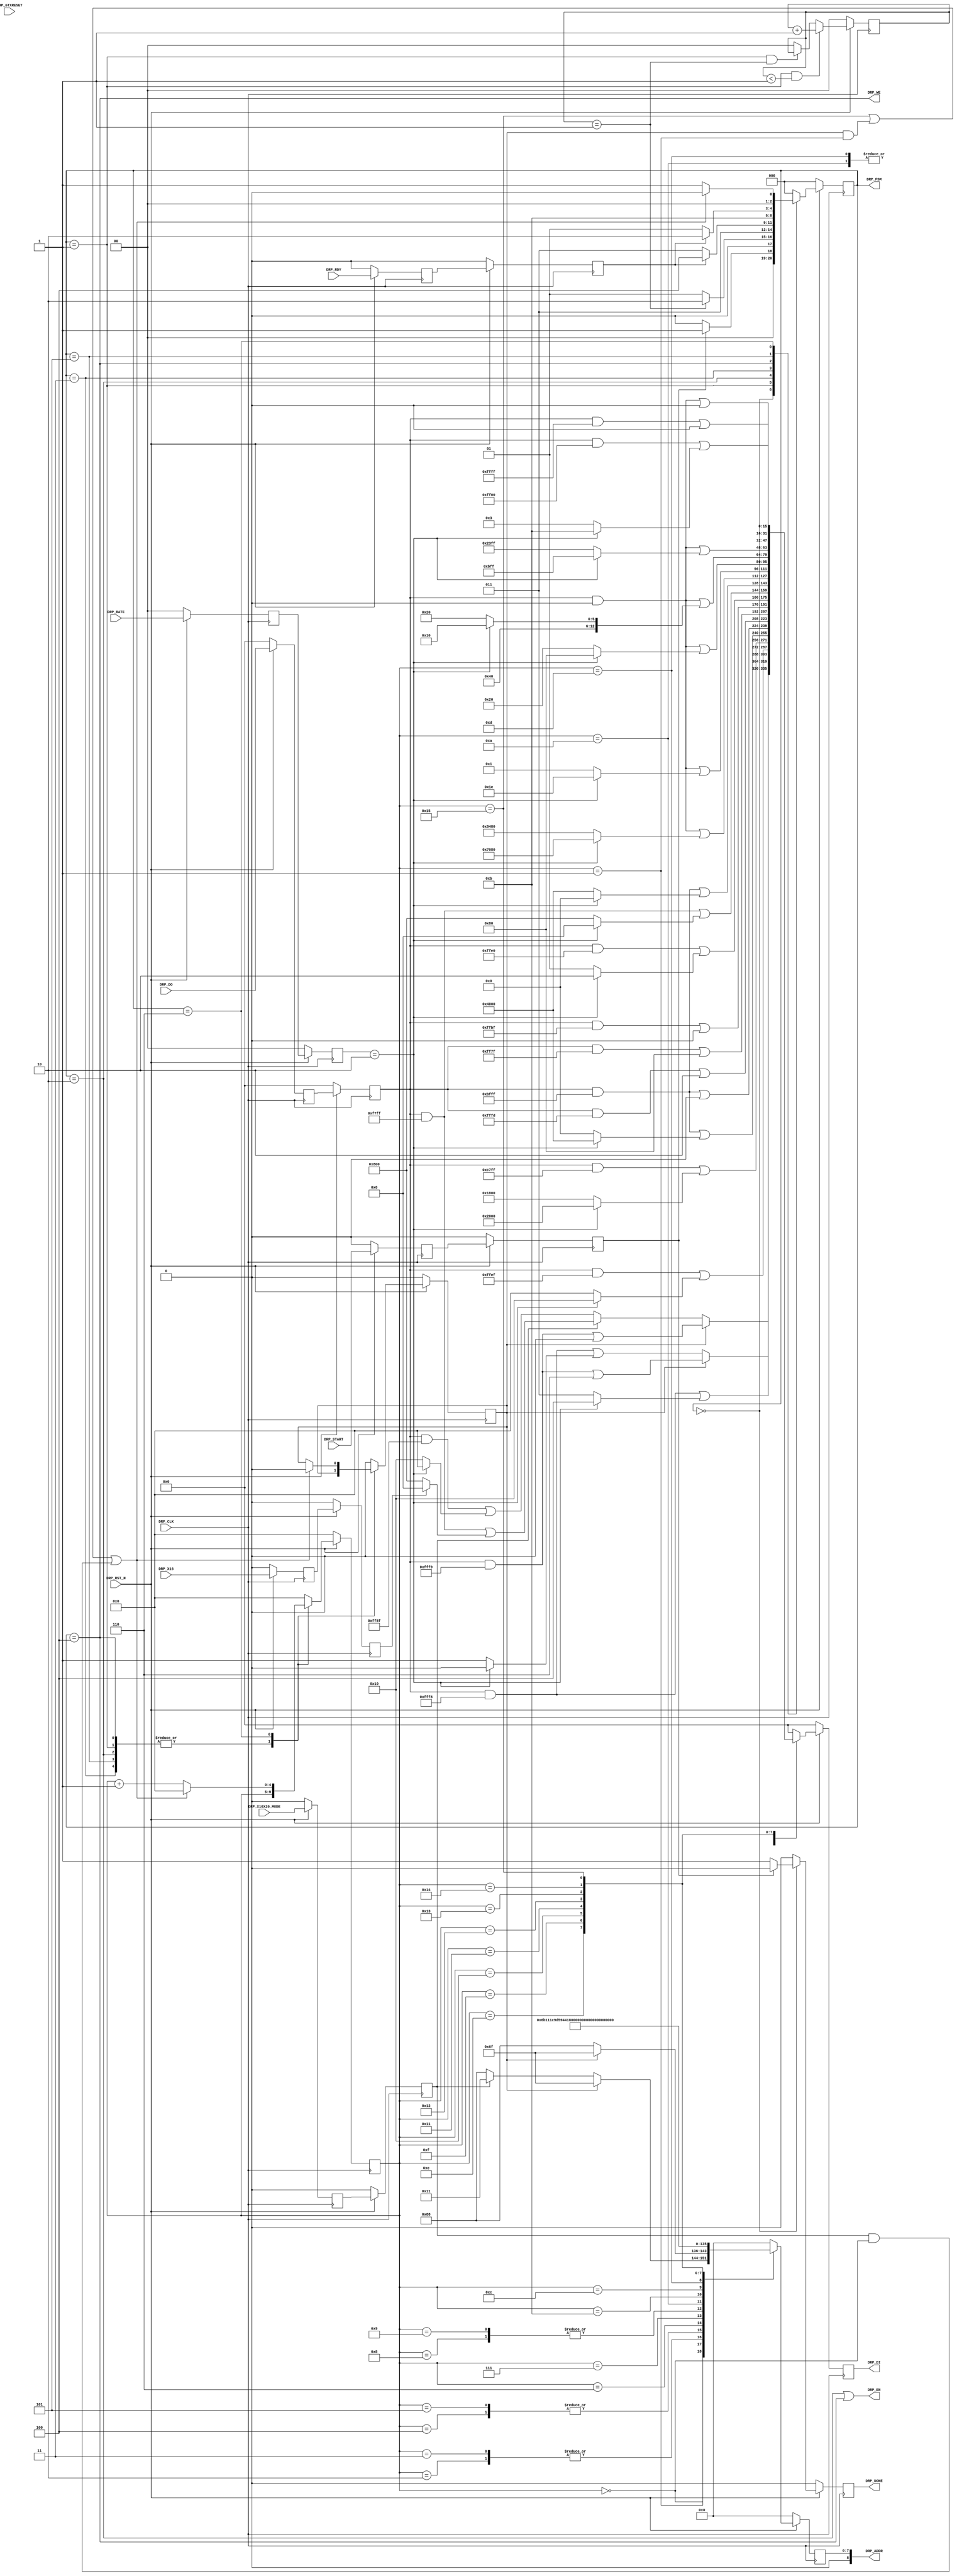
//-----------------------------------------------------------------------------
//
// (c) Copyright 2010-2011 Xilinx, Inc. All rights reserved.
//
// This file contains confidential and proprietary information
// of Xilinx, Inc. and is protected under U.S. and
// international copyright and other intellectual property
// laws.
//
// DISCLAIMER
// This disclaimer is not a license and does not grant any
// rights to the materials distributed herewith. Except as
// otherwise provided in a valid license issued to you by
// Xilinx, and to the maximum extent permitted by applicable
// law: (1) THESE MATERIALS ARE MADE AVAILABLE "AS IS" AND
// WITH ALL FAULTS, AND XILINX HEREBY DISCLAIMS ALL WARRANTIES
// AND CONDITIONS, EXPRESS, IMPLIED, OR STATUTORY, INCLUDING
// BUT NOT LIMITED TO WARRANTIES OF MERCHANTABILITY, NON-
// INFRINGEMENT, OR FITNESS FOR ANY PARTICULAR PURPOSE; and
// (2) Xilinx shall not be liable (whether in contract or tort,
// including negligence, or under any other theory of
// liability) for any loss or damage of any kind or nature
// related to, arising under or in connection with these
// materials, including for any direct, or any indirect,
// special, incidental, or consequential loss or damage
// (including loss of data, profits, goodwill, or any type of
// loss or damage suffered as a result of any action brought
// by a third party) even if such damage or loss was
// reasonably foreseeable or Xilinx had been advised of the
// possibility of the same.
//
// CRITICAL APPLICATIONS
// Xilinx products are not designed or intended to be fail-
// safe, or for use in any application requiring fail-safe
// performance, such as life-support or safety devices or
// systems, Class III medical devices, nuclear facilities,
// applications related to the deployment of airbags, or any
// other applications that could lead to death, personal
// injury, or severe property or environmental damage
// (individually and collectively, "Critical
// Applications"). Customer assumes the sole risk and
// liability of any use of Xilinx products in Critical
// Applications, subject only to applicable laws and
// regulations governing limitations on product liability.
//
// THIS COPYRIGHT NOTICE AND DISCLAIMER MUST BE RETAINED AS
// PART OF THIS FILE AT ALL TIMES.
//
//-----------------------------------------------------------------------------
// Project    : Series-7 Integrated Block for PCI Express
// Version    : 3.3
//------------------------------------------------------------------------------
//  Description  :  PIPE DRP Module for 7 Series Transceiver
//  Version      :  20.0
//------------------------------------------------------------------------------



`timescale 1ns / 1ps



//---------- PIPE DRP Module ---------------------------------------------------
module PCIE_XDMA_xdma_0_0_pcie2_ip_pipe_drp #
(

    parameter PCIE_GT_DEVICE       = "GTX",                                     // PCIe GT device
    parameter PCIE_USE_MODE        = "3.0",                                     // PCIe use mode
    parameter PCIE_ASYNC_EN        = "FALSE",                                   // PCIe async mode
    parameter PCIE_PLL_SEL         = "CPLL",                                    // PCIe PLL select for Gen1/Gen2 only
    parameter PCIE_AUX_CDR_GEN3_EN = "TRUE",                                    // PCIe AUX CDR Gen3 enable
    parameter PCIE_TXBUF_EN        = "FALSE",                                   // PCIe TX buffer enable for Gen1/Gen2 only
    parameter PCIE_RXBUF_EN        = "TRUE",                                    // PCIe RX buffer enable for Gen3      only
    parameter PCIE_TXSYNC_MODE     = 0,                                         // PCIe TX sync mode
    parameter PCIE_RXSYNC_MODE     = 0,                                         // PCIe RX sync mode
    parameter LOAD_CNT_MAX         = 2'd1,                                      // Load max count
    parameter INDEX_MAX            = 5'd21                                      // Index max count
    
)

(
    
    //---------- Input -------------------------------------
    input               DRP_CLK,
    input               DRP_RST_N,
    input               DRP_GTXRESET,
    input       [ 1:0]  DRP_RATE,
    input               DRP_X16X20_MODE,
    input               DRP_X16,
    input               DRP_START,
    input       [15:0]  DRP_DO,
    input               DRP_RDY,
    
    //---------- Output ------------------------------------
    output      [ 8:0]  DRP_ADDR,
    output              DRP_EN,  
    output      [15:0]  DRP_DI,   
    output              DRP_WE,
    output              DRP_DONE,
    output      [ 2:0]  DRP_FSM
    
);

    //---------- Input Registers ---------------------------
(* ASYNC_REG = "TRUE", SHIFT_EXTRACT = "NO" *)    reg                 gtxreset_reg1;
(* ASYNC_REG = "TRUE", SHIFT_EXTRACT = "NO" *)    reg         [ 1:0]  rate_reg1;
(* ASYNC_REG = "TRUE", SHIFT_EXTRACT = "NO" *)    reg                 x16x20_mode_reg1;
(* ASYNC_REG = "TRUE", SHIFT_EXTRACT = "NO" *)    reg                 x16_reg1;
(* ASYNC_REG = "TRUE", SHIFT_EXTRACT = "NO" *)    reg                 start_reg1;
(* ASYNC_REG = "TRUE", SHIFT_EXTRACT = "NO" *)    reg         [15:0]  do_reg1;
(* ASYNC_REG = "TRUE", SHIFT_EXTRACT = "NO" *)    reg                 rdy_reg1;
    
(* ASYNC_REG = "TRUE", SHIFT_EXTRACT = "NO" *)    reg                 gtxreset_reg2;
(* ASYNC_REG = "TRUE", SHIFT_EXTRACT = "NO" *)    reg         [ 1:0]  rate_reg2;
(* ASYNC_REG = "TRUE", SHIFT_EXTRACT = "NO" *)    reg                 x16x20_mode_reg2;
(* ASYNC_REG = "TRUE", SHIFT_EXTRACT = "NO" *)    reg                 x16_reg2;
(* ASYNC_REG = "TRUE", SHIFT_EXTRACT = "NO" *)    reg                 start_reg2;
(* ASYNC_REG = "TRUE", SHIFT_EXTRACT = "NO" *)    reg         [15:0]  do_reg2;
(* ASYNC_REG = "TRUE", SHIFT_EXTRACT = "NO" *)    reg                 rdy_reg2;
    
    //---------- Internal Signals --------------------------
    reg         [ 1:0]  load_cnt =  2'd0;
    reg         [ 4:0]  index    =  5'd0;
    reg                 mode     =  1'd0;
    reg         [ 8:0]  addr_reg =  9'd0;
    reg         [15:0]  di_reg   = 16'd0;
    
    //---------- Output Registers --------------------------
    reg                 done     =  1'd0;
    reg         [ 2:0]  fsm      =  0;      
                        
    //---------- DRP Address -------------------------------
    //  DRP access for *RXCDR_EIDLE includes 
    //    - [11] RXCDR_HOLD_DURING_EIDLE
    //    - [12] RXCDR_FR_RESET_ON_EIDLE
    //    - [13] RXCDR_PH_RESET_ON_EIDLE
    //------------------------------------------------------
    localparam          ADDR_PCS_RSVD_ATTR        = 9'h06F;
    localparam          ADDR_TXOUT_DIV            = 9'h088;
    localparam          ADDR_RXOUT_DIV            = 9'h088;
    localparam          ADDR_TX_DATA_WIDTH        = 9'h06B;            
    localparam          ADDR_TX_INT_DATAWIDTH     = 9'h06B;         
    localparam          ADDR_RX_DATA_WIDTH        = 9'h011;            
    localparam          ADDR_RX_INT_DATAWIDTH     = 9'h011;              
    localparam          ADDR_TXBUF_EN             = 9'h01C;           
    localparam          ADDR_RXBUF_EN             = 9'h09D;
    localparam          ADDR_TX_XCLK_SEL          = 9'h059;
    localparam          ADDR_RX_XCLK_SEL          = 9'h059;                 
    localparam          ADDR_CLK_CORRECT_USE      = 9'h044; 
    localparam          ADDR_TX_DRIVE_MODE        = 9'h019;
    localparam          ADDR_RXCDR_EIDLE          = 9'h0A7;  
    localparam          ADDR_RX_DFE_LPM_EIDLE     = 9'h01E;
    localparam          ADDR_PMA_RSV_A            = 9'h099;
    localparam          ADDR_PMA_RSV_B            = 9'h09A;
    localparam          ADDR_RXCDR_CFG_A          = 9'h0A8;
    localparam          ADDR_RXCDR_CFG_B          = 9'h0A9;
    localparam          ADDR_RXCDR_CFG_C          = 9'h0AA;
    localparam          ADDR_RXCDR_CFG_D          = 9'h0AB;
    localparam          ADDR_RXCDR_CFG_E          = 9'h0AC;
    localparam          ADDR_RXCDR_CFG_F          = 9'h0AD;  // GTH only
    
    //---------- DRP Mask ----------------------------------
    localparam          MASK_PCS_RSVD_ATTR        = 16'b1111111111111001;  // Unmask bit [ 2: 1]
    localparam          MASK_TXOUT_DIV            = 16'b1111111110001111;  // Unmask bit [ 6: 4]
    localparam          MASK_RXOUT_DIV            = 16'b1111111111111000;  // Unmask bit [ 2: 0]
    localparam          MASK_TX_DATA_WIDTH        = 16'b1111111111111000;  // Unmask bit [ 2: 0]   
    localparam          MASK_TX_INT_DATAWIDTH     = 16'b1111111111101111;  // Unmask bit [    4]
    localparam          MASK_RX_DATA_WIDTH        = 16'b1100011111111111;  // Unmask bit [13:11]  
    localparam          MASK_X16X20_RX_DATA_WIDTH = 16'b1111011111111111;  // Unmask bit [   11] // for x16 or x20 mode only 
    localparam          MASK_RX_INT_DATAWIDTH     = 16'b1011111111111111;  // Unmask bit [   14]  
    localparam          MASK_TXBUF_EN             = 16'b1011111111111111;  // Unmask bit [   14]  
    localparam          MASK_RXBUF_EN             = 16'b1111111111111101;  // Unmask bit [    1] 
    localparam          MASK_TX_XCLK_SEL          = 16'b1111111101111111;  // Unmask bit [    7]    
    localparam          MASK_RX_XCLK_SEL          = 16'b1111111110111111;  // Unmask bit [    6]       
    localparam          MASK_CLK_CORRECT_USE      = 16'b1011111111111111;  // Unmask bit [   14]
    localparam          MASK_TX_DRIVE_MODE        = 16'b1111111111100000;  // Unmask bit [  4:0]      
    localparam          MASK_RXCDR_EIDLE          = 16'b1111011111111111;  // Unmask bit [   11]  
    localparam          MASK_RX_DFE_LPM_EIDLE     = 16'b1011111111111111;  // Unmask bit [   14] 
    localparam          MASK_PMA_RSV_A            = 16'b0000000000000000;  // Unmask bit [15: 0]
    localparam          MASK_PMA_RSV_B            = 16'b0000000000000000;  // Unmask bit [15: 0]
    localparam          MASK_RXCDR_CFG_A          = 16'b0000000000000000;  // Unmask bit [15: 0]
    localparam          MASK_RXCDR_CFG_B          = 16'b0000000000000000;  // Unmask bit [15: 0]
    localparam          MASK_RXCDR_CFG_C          = 16'b0000000000000000;  // Unmask bit [15: 0]    
    localparam          MASK_RXCDR_CFG_D          = 16'b0000000000000000;  // Unmask bit [15: 0]  
    localparam          MASK_RXCDR_CFG_E_GTX      = 16'b1111111100000000;  // Unmask bit [ 7: 0]   
    localparam          MASK_RXCDR_CFG_E_GTH      = 16'b0000000000000000;  // Unmask bit [15: 0] 
    localparam          MASK_RXCDR_CFG_F_GTX      = 16'b1111111111111111;  // Unmask bit [     ] 
    localparam          MASK_RXCDR_CFG_F_GTH      = 16'b1111111111111000;  // Unmask bit [ 2: 0]
         
    //---------- DRP Data for PCIe Gen1 and Gen2 -----------
    localparam          GEN12_TXOUT_DIV           = (PCIE_PLL_SEL == "QPLL") ? 16'b0000000000100000 : 16'b0000000000010000;  // Divide by 4 or 2
    localparam          GEN12_RXOUT_DIV           = (PCIE_PLL_SEL == "QPLL") ? 16'b0000000000000010 : 16'b0000000000000001;  // Divide by 4 or 2
    localparam          GEN12_TX_DATA_WIDTH       = 16'b0000000000000011;  // 2-byte (16-bit) external data width   
    localparam          GEN12_TX_INT_DATAWIDTH    = 16'b0000000000000000;  // 2-byte (20-bit) internal data width
    localparam          GEN12_RX_DATA_WIDTH       = 16'b0001100000000000;  // 2-byte (16-bit) external data width
    localparam          GEN12_RX_INT_DATAWIDTH    = 16'b0000000000000000;  // 2-byte (20-bit) internal data width
    localparam          GEN12_TXBUF_EN            = 16'b0100000000000000;  // Use TX buffer if PCIE_TXBUF_EN == "TRUE"
    localparam          GEN12_RXBUF_EN            = 16'b0000000000000010;  // Use RX buffer 
    localparam          GEN12_TX_XCLK_SEL         = 16'b0000000000000000;  // Use TXOUT if PCIE_TXBUF_EN == "TRUE"
    localparam          GEN12_RX_XCLK_SEL         = 16'b0000000000000000;  // Use RXREC  
    localparam          GEN12_CLK_CORRECT_USE     = 16'b0100000000000000;  // Use clock correction
    localparam          GEN12_TX_DRIVE_MODE       = 16'b0000000000000001;  // Use PIPE   Gen1 and Gen2 mode    
    localparam          GEN12_RXCDR_EIDLE         = 16'b0000100000000000;  // Hold RXCDR during electrical idle 
    localparam          GEN12_RX_DFE_LPM_EIDLE    = 16'b0100000000000000;  // Hold RX DFE or LPM during electrical idle
    localparam          GEN12_PMA_RSV_A_GTX       = 16'b1000010010000000;  // 16'h8480
    localparam          GEN12_PMA_RSV_B_GTX       = 16'b0000000000000001;  // 16'h0001
    localparam          GEN12_PMA_RSV_A_GTH       = 16'b0000000000001000;  // 16'h0008
    localparam          GEN12_PMA_RSV_B_GTH       = 16'b0000000000000000;  // 16'h0000
    //----------
    localparam          GEN12_RXCDR_CFG_A_GTX     = 16'h0020;              // 16'h0020
    localparam          GEN12_RXCDR_CFG_B_GTX     = 16'h1020;              // 16'h1020
    localparam          GEN12_RXCDR_CFG_C_GTX     = 16'h23FF;              // 16'h23FF
    localparam          GEN12_RXCDR_CFG_D_GTX_S   = 16'h0000;              // 16'h0000 Sync
    localparam          GEN12_RXCDR_CFG_D_GTX_A   = 16'h8000;              // 16'h8000 Async    
    localparam          GEN12_RXCDR_CFG_E_GTX     = 16'h0003;              // 16'h0003
    localparam          GEN12_RXCDR_CFG_F_GTX     = 16'h0000;              // 16'h0000
    //----------
    localparam          GEN12_RXCDR_CFG_A_GTH_S   = 16'h0018;              // 16'h0018 Sync
    localparam          GEN12_RXCDR_CFG_A_GTH_A   = 16'h8018;              // 16'h8018 Async
    localparam          GEN12_RXCDR_CFG_B_GTH     = 16'hC208;              // 16'hC208
    localparam          GEN12_RXCDR_CFG_C_GTH     = 16'h2000;              // 16'h2000
    localparam          GEN12_RXCDR_CFG_D_GTH     = 16'h07FE;              // 16'h07FE
    localparam          GEN12_RXCDR_CFG_E_GTH     = 16'h0020;              // 16'h0020
    localparam          GEN12_RXCDR_CFG_F_GTH     = 16'h0000;              // 16'h0000  
    
    //---------- DRP Data for PCIe Gen3 --------------------                 
    localparam          GEN3_TXOUT_DIV            = 16'b0000000000000000;  // Divide by 1
    localparam          GEN3_RXOUT_DIV            = 16'b0000000000000000;  // Divide by 1
    localparam          GEN3_TX_DATA_WIDTH        = 16'b0000000000000100;  // 4-byte (32-bit) external data width                     
    localparam          GEN3_TX_INT_DATAWIDTH     = 16'b0000000000010000;  // 4-byte (32-bit) internal data width               
    localparam          GEN3_RX_DATA_WIDTH        = 16'b0010000000000000;  // 4-byte (32-bit) external data width                  
    localparam          GEN3_RX_INT_DATAWIDTH     = 16'b0100000000000000;  // 4-byte (32-bit) internal data width               
    localparam          GEN3_TXBUF_EN             = 16'b0000000000000000;  // Bypass TX buffer 
    localparam          GEN3_RXBUF_EN             = 16'b0000000000000000;  // Bypass RX buffer  
    localparam          GEN3_TX_XCLK_SEL          = 16'b0000000010000000;  // Use TXUSR  
    localparam          GEN3_RX_XCLK_SEL          = 16'b0000000001000000;  // Use RXUSR                         
    localparam          GEN3_CLK_CORRECT_USE      = 16'b0000000000000000;  // Bypass clock correction  
    localparam          GEN3_TX_DRIVE_MODE        = 16'b0000000000000010;  // Use PIPE Gen3 mode   
    localparam          GEN3_RXCDR_EIDLE          = 16'b0000000000000000;  // Disable Hold RXCDR during electrical idle 
    localparam          GEN3_RX_DFE_LPM_EIDLE     = 16'b0000000000000000;  // Disable RX DFE or LPM during electrical idle   
    localparam          GEN3_PMA_RSV_A_GTX        = 16'b0111000010000000;  // 16'h7080
    localparam          GEN3_PMA_RSV_B_GTX        = 16'b0000000000011110;  // 16'h001E
    localparam          GEN3_PMA_RSV_A_GTH        = 16'b0000000000001000;  // 16'h0008
    localparam          GEN3_PMA_RSV_B_GTH        = 16'b0000000000000000;  // 16'h0000   
    //---------- 
    localparam          GEN3_RXCDR_CFG_A_GTX      = 16'h0080;              // 16'h0080
    localparam          GEN3_RXCDR_CFG_B_GTX      = 16'h1010;              // 16'h1010
    localparam          GEN3_RXCDR_CFG_C_GTX      = 16'h0BFF;              // 16'h0BFF
    localparam          GEN3_RXCDR_CFG_D_GTX_S    = 16'h0000;              // 16'h0000 Sync
    localparam          GEN3_RXCDR_CFG_D_GTX_A    = 16'h8000;              // 16'h8000 Async    
    localparam          GEN3_RXCDR_CFG_E_GTX      = 16'h000B;              // 16'h000B
    localparam          GEN3_RXCDR_CFG_F_GTX      = 16'h0000;              // 16'h0000
    //----------                                 
  //localparam          GEN3_RXCDR_CFG_A_GTH_S    = 16'h0018;              // 16'h0018 Sync
  //localparam          GEN3_RXCDR_CFG_A_GTH_A    = 16'h8018;              // 16'h8018 Async
  //localparam          GEN3_RXCDR_CFG_B_GTH      = 16'hC208;              // 16'hC848
  //localparam          GEN3_RXCDR_CFG_C_GTH      = 16'h2000;              // 16'h1000
  //localparam          GEN3_RXCDR_CFG_D_GTH      = 16'h07FE;              // 16'h07FE v1.0 silicon
  //localparam          GEN3_RXCDR_CFG_D_GTH_AUX  = 16'h0FFE;              // 16'h07FE v2.0 silicon, [62:59] AUX CDR configuration
  //localparam          GEN3_RXCDR_CFG_E_GTH      = 16'h0020;              // 16'h0010
  //localparam          GEN3_RXCDR_CFG_F_GTH      = 16'h0000;              // 16'h0000 v1.0 silicon
  //localparam          GEN3_RXCDR_CFG_F_GTH_AUX  = 16'h0002;              // 16'h0000 v2.0 silicon, [81] AUX CDR enable
    //----------                                 
    localparam          GEN3_RXCDR_CFG_A_GTH_S    = 16'h0018;              // 16'h0018 Sync
    localparam          GEN3_RXCDR_CFG_A_GTH_A    = 16'h8018;              // 16'h8018 Async
    localparam          GEN3_RXCDR_CFG_B_GTH      = 16'hC848;              // 16'hC848
    localparam          GEN3_RXCDR_CFG_C_GTH      = 16'h1000;              // 16'h1000
    localparam          GEN3_RXCDR_CFG_D_GTH      = 16'h07FE;              // 16'h07FE v1.0 silicon
    localparam          GEN3_RXCDR_CFG_D_GTH_AUX  = 16'h0FFE;              // 16'h07FE v2.0 silicon, [62:59] AUX CDR configuration
    localparam          GEN3_RXCDR_CFG_E_GTH      = 16'h0010;              // 16'h0010
    localparam          GEN3_RXCDR_CFG_F_GTH      = 16'h0000;              // 16'h0000 v1.0 silicon
    localparam          GEN3_RXCDR_CFG_F_GTH_AUX  = 16'h0002;              // 16'h0000 v2.0 silicon, [81] AUX CDR enable
      
    //---------- DRP Data for PCIe Gen1, Gen2 and Gen3 -----    
    localparam          GEN123_PCS_RSVD_ATTR_A    = 16'b0000000000000000;  // Auto TX and RX sync mode
    localparam          GEN123_PCS_RSVD_ATTR_M_TX = 16'b0000000000000010;  // Manual TX sync mode
    localparam          GEN123_PCS_RSVD_ATTR_M_RX = 16'b0000000000000100;  // Manual RX sync mode
      
    //---------- DRP Data for x16 --------------------------
    localparam          X16_RX_DATAWIDTH   = 16'b0000000000000000;  // 2-byte (16-bit) internal data width
    
    //---------- DRP Data for x20 --------------------------                                  
    localparam          X20_RX_DATAWIDTH   = 16'b0000100000000000;  // 2-byte (20-bit) internal data width       
      
    //---------- DRP Data ----------------------------------     
    wire        [15:0]  data_txout_div;
    wire        [15:0]  data_rxout_div;
    wire        [15:0]  data_tx_data_width;               
    wire        [15:0]  data_tx_int_datawidth;            
    wire        [15:0]  data_rx_data_width;               
    wire        [15:0]  data_rx_int_datawidth;                
    wire        [15:0]  data_txbuf_en;        
    wire        [15:0]  data_rxbuf_en;        
    wire        [15:0]  data_tx_xclk_sel;
    wire        [15:0]  data_rx_xclk_sel;            
    wire        [15:0]  data_clk_correction_use; 
    wire        [15:0]  data_tx_drive_mode;
    wire        [15:0]  data_rxcdr_eidle;
    wire        [15:0]  data_rx_dfe_lpm_eidle;
    wire        [15:0]  data_pma_rsv_a;
    wire        [15:0]  data_pma_rsv_b;
    
    wire        [15:0]  data_rxcdr_cfg_a;
    wire        [15:0]  data_rxcdr_cfg_b; 
    wire        [15:0]  data_rxcdr_cfg_c;
    wire        [15:0]  data_rxcdr_cfg_d; 
    wire        [15:0]  data_rxcdr_cfg_e;
    wire        [15:0]  data_rxcdr_cfg_f;
        
    wire        [15:0]  data_pcs_rsvd_attr_a;  
    wire        [15:0]  data_pcs_rsvd_attr_m_tx; 
    wire        [15:0]  data_pcs_rsvd_attr_m_rx; 
    wire        [15:0]  data_pcs_rsvd_attr_m;   
                
    wire        [15:0]  data_x16x20_rx_datawidth;    
           
    //---------- FSM ---------------------------------------  
    localparam          FSM_IDLE  = 0;  
    localparam          FSM_LOAD  = 1;                           
    localparam          FSM_READ  = 2;
    localparam          FSM_RRDY  = 3;
    localparam          FSM_WRITE = 4;
    localparam          FSM_WRDY  = 5;    
    localparam          FSM_DONE  = 6;   

    
    
//---------- Input FF ----------------------------------------------------------
always @ (posedge DRP_CLK)
begin

    if (!DRP_RST_N)
        begin
        //---------- 1st Stage FF --------------------------
        gtxreset_reg1    <=  1'd0;
        rate_reg1        <=  2'd0;
        x16x20_mode_reg1 <=  1'd0;
        x16_reg1         <=  1'd0;
        do_reg1          <= 16'd0;
        rdy_reg1         <=  1'd0;
        start_reg1       <=  1'd0;
        //---------- 2nd Stage FF --------------------------
        gtxreset_reg2    <=  1'd0;
        rate_reg2        <=  2'd0;
        x16x20_mode_reg2 <=  1'd0;
        x16_reg2         <=  1'd0;
        do_reg2          <= 16'd0;
        rdy_reg2         <=  1'd0;
        start_reg2       <=  1'd0;
        end
        
    else
        begin
        //---------- 1st Stage FF --------------------------
        gtxreset_reg1    <= DRP_GTXRESET;
        rate_reg1        <= DRP_RATE;
        x16x20_mode_reg1 <= DRP_X16X20_MODE;
        x16_reg1         <= DRP_X16;
        do_reg1          <= DRP_DO;
        rdy_reg1         <= DRP_RDY;
        start_reg1       <= DRP_START;
        //---------- 2nd Stage FF --------------------------
        gtxreset_reg2    <= gtxreset_reg1;
        rate_reg2        <= rate_reg1;
        x16x20_mode_reg2 <= x16x20_mode_reg1;
        x16_reg2         <= x16_reg1;
        do_reg2          <= do_reg1;
        rdy_reg2         <= rdy_reg1;
        start_reg2       <= start_reg1;
        end
    
end  



//---------- Select DRP Data ---------------------------------------------------
assign data_txout_div          =  (rate_reg2 == 2'd2)                                ? GEN3_TXOUT_DIV        : GEN12_TXOUT_DIV;
assign data_rxout_div          =  (rate_reg2 == 2'd2)                                ? GEN3_RXOUT_DIV        : GEN12_RXOUT_DIV;
assign data_tx_data_width      =  (rate_reg2 == 2'd2)                                ? GEN3_TX_DATA_WIDTH    : GEN12_TX_DATA_WIDTH;
assign data_tx_int_datawidth   =  (rate_reg2 == 2'd2)                                ? GEN3_TX_INT_DATAWIDTH : GEN12_TX_INT_DATAWIDTH;
assign data_rx_data_width      =  (rate_reg2 == 2'd2)                                ? GEN3_RX_DATA_WIDTH    : GEN12_RX_DATA_WIDTH;

assign data_rx_int_datawidth   =  (rate_reg2 == 2'd2)                                ? GEN3_RX_INT_DATAWIDTH : GEN12_RX_INT_DATAWIDTH;

assign data_txbuf_en           = ((rate_reg2 == 2'd2) || (PCIE_TXBUF_EN == "FALSE")) ? GEN3_TXBUF_EN         : GEN12_TXBUF_EN;
assign data_rxbuf_en           = ((rate_reg2 == 2'd2) && (PCIE_RXBUF_EN == "FALSE")) ? GEN3_RXBUF_EN         : GEN12_RXBUF_EN;
assign data_tx_xclk_sel        = ((rate_reg2 == 2'd2) || (PCIE_TXBUF_EN == "FALSE")) ? GEN3_TX_XCLK_SEL      : GEN12_TX_XCLK_SEL;
assign data_rx_xclk_sel        = ((rate_reg2 == 2'd2) && (PCIE_RXBUF_EN == "FALSE")) ? GEN3_RX_XCLK_SEL      : GEN12_RX_XCLK_SEL;
assign data_clk_correction_use =  (rate_reg2 == 2'd2)                                ? GEN3_CLK_CORRECT_USE  : GEN12_CLK_CORRECT_USE;
assign data_tx_drive_mode      =  (rate_reg2 == 2'd2)                                ? GEN3_TX_DRIVE_MODE    : GEN12_TX_DRIVE_MODE;   
assign data_rxcdr_eidle        =  (rate_reg2 == 2'd2)                                ? GEN3_RXCDR_EIDLE      : GEN12_RXCDR_EIDLE;
assign data_rx_dfe_lpm_eidle   =  (rate_reg2 == 2'd2)                                ? GEN3_RX_DFE_LPM_EIDLE : GEN12_RX_DFE_LPM_EIDLE;
assign data_pma_rsv_a          =  (rate_reg2 == 2'd2)                                ? ((PCIE_GT_DEVICE == "GTH") ? GEN3_PMA_RSV_A_GTH  : GEN3_PMA_RSV_A_GTX) :
                                                                                       ((PCIE_GT_DEVICE == "GTH") ? GEN12_PMA_RSV_A_GTH : GEN12_PMA_RSV_A_GTX);
assign data_pma_rsv_b          =  (rate_reg2 == 2'd2)                                ? ((PCIE_GT_DEVICE == "GTH") ? GEN3_PMA_RSV_B_GTH  : GEN3_PMA_RSV_B_GTX) :
                                                                                       ((PCIE_GT_DEVICE == "GTH") ? GEN12_PMA_RSV_B_GTH : GEN12_PMA_RSV_B_GTX);

assign data_rxcdr_cfg_a = (rate_reg2 == 2'd2) ? ((PCIE_GT_DEVICE == "GTH") ? ((PCIE_ASYNC_EN == "TRUE") ? GEN3_RXCDR_CFG_A_GTH_A  : GEN3_RXCDR_CFG_A_GTH_S)  : GEN3_RXCDR_CFG_A_GTX) :
                                                ((PCIE_GT_DEVICE == "GTH") ? ((PCIE_ASYNC_EN == "TRUE") ? GEN12_RXCDR_CFG_A_GTH_A : GEN12_RXCDR_CFG_A_GTH_S) : GEN12_RXCDR_CFG_A_GTX);

assign data_rxcdr_cfg_b = (rate_reg2 == 2'd2) ? ((PCIE_GT_DEVICE == "GTH") ?  GEN3_RXCDR_CFG_B_GTH  : GEN3_RXCDR_CFG_B_GTX) :
                                                ((PCIE_GT_DEVICE == "GTH") ?  GEN12_RXCDR_CFG_B_GTH : GEN12_RXCDR_CFG_B_GTX);

assign data_rxcdr_cfg_c = (rate_reg2 == 2'd2) ? ((PCIE_GT_DEVICE == "GTH") ?  GEN3_RXCDR_CFG_C_GTH  : GEN3_RXCDR_CFG_C_GTX) :
                                                ((PCIE_GT_DEVICE == "GTH") ?  GEN12_RXCDR_CFG_C_GTH : GEN12_RXCDR_CFG_C_GTX);
                                                
assign data_rxcdr_cfg_d = (rate_reg2 == 2'd2) ? ((PCIE_GT_DEVICE == "GTH") ?  ((PCIE_AUX_CDR_GEN3_EN == "TRUE") ? GEN3_RXCDR_CFG_D_GTH_AUX : GEN3_RXCDR_CFG_D_GTH) : ((PCIE_ASYNC_EN == "TRUE") ? GEN3_RXCDR_CFG_D_GTX_A : GEN3_RXCDR_CFG_D_GTX_S)) :
                                                ((PCIE_GT_DEVICE == "GTH") ?  GEN12_RXCDR_CFG_D_GTH : ((PCIE_ASYNC_EN == "TRUE") ? GEN3_RXCDR_CFG_D_GTX_A : GEN3_RXCDR_CFG_D_GTX_S));

assign data_rxcdr_cfg_e = (rate_reg2 == 2'd2) ? ((PCIE_GT_DEVICE == "GTH") ?  GEN3_RXCDR_CFG_E_GTH  : GEN3_RXCDR_CFG_E_GTX) :
                                                ((PCIE_GT_DEVICE == "GTH") ?  GEN12_RXCDR_CFG_E_GTH : GEN12_RXCDR_CFG_E_GTX);
                                                
assign data_rxcdr_cfg_f = (rate_reg2 == 2'd2) ? ((PCIE_GT_DEVICE == "GTH") ?  ((PCIE_AUX_CDR_GEN3_EN == "TRUE") ? GEN3_RXCDR_CFG_F_GTH_AUX : GEN3_RXCDR_CFG_F_GTH) : GEN3_RXCDR_CFG_F_GTX) :
                                                ((PCIE_GT_DEVICE == "GTH") ?  GEN12_RXCDR_CFG_F_GTH : GEN12_RXCDR_CFG_F_GTX);

assign data_pcs_rsvd_attr_a    = GEN123_PCS_RSVD_ATTR_A;
assign data_pcs_rsvd_attr_m_tx = PCIE_TXSYNC_MODE ? GEN123_PCS_RSVD_ATTR_A : GEN123_PCS_RSVD_ATTR_M_TX;
assign data_pcs_rsvd_attr_m_rx = PCIE_RXSYNC_MODE ? GEN123_PCS_RSVD_ATTR_A : GEN123_PCS_RSVD_ATTR_M_RX;
assign data_pcs_rsvd_attr_m    = data_pcs_rsvd_attr_m_tx | data_pcs_rsvd_attr_m_rx;

assign data_x16x20_rx_datawidth = x16_reg2 ? X16_RX_DATAWIDTH : X20_RX_DATAWIDTH;


//---------- Load Counter ------------------------------------------------------
always @ (posedge DRP_CLK)
begin

    if (!DRP_RST_N)
        load_cnt <= 2'd0;
    else
    
        //---------- Increment Load Counter ----------------
        if ((fsm == FSM_LOAD) && (load_cnt < LOAD_CNT_MAX))
            load_cnt <= load_cnt + 2'd1;
            
        //---------- Hold Load Counter ---------------------
        else if ((fsm == FSM_LOAD) && (load_cnt == LOAD_CNT_MAX))
            load_cnt <= load_cnt;
            
        //---------- Reset Load Counter --------------------
        else
            load_cnt <= 2'd0;
        
end 



//---------- Update DRP Address and Data ---------------------------------------
always @ (posedge DRP_CLK)
begin

    if (!DRP_RST_N)
        begin
        addr_reg <=  9'd0;
        di_reg   <= 16'd0;
        end
    else
        begin
        
        case (index)
        
        //--------------------------------------------------      
        5'd0:     
            begin
            addr_reg <= mode             ? ADDR_PCS_RSVD_ATTR : 
                        x16x20_mode_reg2 ? ADDR_RX_DATA_WIDTH : ADDR_TXOUT_DIV; 
            di_reg   <= mode             ? ((do_reg2 & MASK_PCS_RSVD_ATTR)        | data_pcs_rsvd_attr_a) : 
                        x16x20_mode_reg2 ? ((do_reg2 & MASK_X16X20_RX_DATA_WIDTH) | data_x16x20_rx_datawidth) : 
                                           ((do_reg2 & MASK_TXOUT_DIV)            | data_txout_div);
            end 
            
        //--------------------------------------------------      
        5'd1:    
            begin
            addr_reg <= mode ? ADDR_PCS_RSVD_ATTR : ADDR_RXOUT_DIV;
            di_reg   <= mode ? ((do_reg2 & MASK_PCS_RSVD_ATTR)  | data_pcs_rsvd_attr_m) : 
                               ((do_reg2 & MASK_RXOUT_DIV)      | data_rxout_div);
            end 
            
        //--------------------------------------------------
        5'd2 :
            begin        
            addr_reg <= ADDR_TX_DATA_WIDTH;
            di_reg   <= (do_reg2 & MASK_TX_DATA_WIDTH) | data_tx_data_width;
            end
           
        //--------------------------------------------------    
        5'd3 :
            begin        
            addr_reg <= ADDR_TX_INT_DATAWIDTH;
            di_reg   <= (do_reg2 & MASK_TX_INT_DATAWIDTH) | data_tx_int_datawidth;
            end    
        
        //--------------------------------------------------     
        5'd4 :
            begin
            addr_reg <= ADDR_RX_DATA_WIDTH;
            di_reg   <= (do_reg2 & MASK_RX_DATA_WIDTH) | data_rx_data_width;
            end   
        
        //--------------------------------------------------     
        5'd5 :
            begin        
            addr_reg <= ADDR_RX_INT_DATAWIDTH;
            di_reg   <= (do_reg2 & MASK_RX_INT_DATAWIDTH) | data_rx_int_datawidth;
            end  
  
        //--------------------------------------------------         
        5'd6 :
            begin        
            addr_reg <= ADDR_TXBUF_EN;
            di_reg   <= (do_reg2 & MASK_TXBUF_EN) | data_txbuf_en;
            end   
        
        //--------------------------------------------------         
        5'd7 :
            begin        
            addr_reg <= ADDR_RXBUF_EN;
            di_reg   <= (do_reg2 & MASK_RXBUF_EN) | data_rxbuf_en;
            end   
        
        //--------------------------------------------------         
        5'd8 :
            begin        
            addr_reg <= ADDR_TX_XCLK_SEL;
            di_reg   <= (do_reg2 & MASK_TX_XCLK_SEL) | data_tx_xclk_sel;
            end   
        
        //--------------------------------------------------         
        5'd9 :
            begin        
            addr_reg <= ADDR_RX_XCLK_SEL;
            di_reg   <= (do_reg2 & MASK_RX_XCLK_SEL) | data_rx_xclk_sel;
            end   
        
        //--------------------------------------------------      
        5'd10 :
            begin
            addr_reg <= ADDR_CLK_CORRECT_USE;
            di_reg   <= (do_reg2 & MASK_CLK_CORRECT_USE) | data_clk_correction_use;
            end 

        //--------------------------------------------------      
        5'd11 :
            begin
            addr_reg <= ADDR_TX_DRIVE_MODE;
            di_reg   <= (do_reg2 & MASK_TX_DRIVE_MODE) | data_tx_drive_mode;
            end 
            
        //--------------------------------------------------      
        5'd12 :
            begin
            addr_reg <= ADDR_RXCDR_EIDLE;
            di_reg   <= (do_reg2 & MASK_RXCDR_EIDLE) | data_rxcdr_eidle;
            end 
            
        //--------------------------------------------------      
        5'd13 :
            begin
            addr_reg <= ADDR_RX_DFE_LPM_EIDLE;
            di_reg   <= (do_reg2 & MASK_RX_DFE_LPM_EIDLE) | data_rx_dfe_lpm_eidle;
            end     
            
        //--------------------------------------------------      
        5'd14 :
            begin
            addr_reg <= ADDR_PMA_RSV_A;
            di_reg   <= (do_reg2 & MASK_PMA_RSV_A) | data_pma_rsv_a;
            end  
            
        //--------------------------------------------------      
        5'd15 :
            begin
            addr_reg <= ADDR_PMA_RSV_B;
            di_reg   <= (do_reg2 & MASK_PMA_RSV_B) | data_pma_rsv_b;
            end 

        //--------------------------------------------------      
        5'd16 :
            begin
            addr_reg <= ADDR_RXCDR_CFG_A;
            di_reg   <= (do_reg2 & MASK_RXCDR_CFG_A) | data_rxcdr_cfg_a;
            end 
            
        //--------------------------------------------------      
        5'd17 :
            begin
            addr_reg <= ADDR_RXCDR_CFG_B;
            di_reg   <= (do_reg2 & MASK_RXCDR_CFG_B) | data_rxcdr_cfg_b;
            end 
            
        //--------------------------------------------------      
        5'd18 :
            begin
            addr_reg <= ADDR_RXCDR_CFG_C;
            di_reg   <= (do_reg2 & MASK_RXCDR_CFG_C) | data_rxcdr_cfg_c;
            end                         

        //--------------------------------------------------      
        5'd19 :
            begin
            addr_reg <= ADDR_RXCDR_CFG_D;
            di_reg   <= (do_reg2 & MASK_RXCDR_CFG_D) | data_rxcdr_cfg_d;
            end    
            
        //--------------------------------------------------      
        5'd20 :
            begin
            addr_reg <= ADDR_RXCDR_CFG_E;
            di_reg   <= (do_reg2 & ((PCIE_GT_DEVICE == "GTH") ? MASK_RXCDR_CFG_E_GTH : MASK_RXCDR_CFG_E_GTX)) | data_rxcdr_cfg_e;
            end             
            
        //--------------------------------------------------      
        5'd21 :
            begin
            addr_reg <= ADDR_RXCDR_CFG_F;
            di_reg   <= (do_reg2 & ((PCIE_GT_DEVICE == "GTH") ? MASK_RXCDR_CFG_F_GTH : MASK_RXCDR_CFG_F_GTX)) | data_rxcdr_cfg_f;
            end             
            
        //--------------------------------------------------
        default : 
            begin
            addr_reg <=  9'd0;
            di_reg   <= 16'd0;
            end
            
        endcase
        
        end
        
end  



//---------- PIPE DRP FSM ------------------------------------------------------
always @ (posedge DRP_CLK)
begin

    if (!DRP_RST_N)
        begin
        fsm   <= FSM_IDLE;
        index <= 5'd0;
        mode  <= 1'd0;
        done  <= 1'd0;
        end
    else
        begin
        
        case (fsm)

        //---------- Idle State ----------------------------
        FSM_IDLE :  
          
            begin
            //---------- Reset or Rate Change --------------
            if (start_reg2)
                begin
                fsm   <= FSM_LOAD;
                index <= 5'd0;
                mode  <= 1'd0;
                done  <= 1'd0; 
                end
            //---------- GTXRESET --------------------------    
            else if ((gtxreset_reg2 && !gtxreset_reg1) && ((PCIE_TXSYNC_MODE == 0) || (PCIE_RXSYNC_MODE == 0)) && (PCIE_USE_MODE == "1.0"))
                begin
                fsm   <= FSM_LOAD;
                index <= 5'd0;
                mode  <= 1'd1;
                done  <= 1'd0;
                end
            //---------- Idle ------------------------------
            else       
                begin
                fsm   <= FSM_IDLE;
                index <= 5'd0;
                mode  <= 1'd0;
                done  <= 1'd1;
                end 
            end    
            
        //---------- Load DRP Address  ---------------------
        FSM_LOAD :
        
            begin
            fsm   <= (load_cnt == LOAD_CNT_MAX) ? FSM_READ : FSM_LOAD;
            index <= index;
            mode  <= mode;
            done  <= 1'd0;
            end  
            
        //---------- Read DRP ------------------------------
        FSM_READ :
        
            begin
            fsm   <= FSM_RRDY;
            index <= index;
            mode  <= mode;
            done  <= 1'd0;
            end
            
        //---------- Read DRP Ready ------------------------
        FSM_RRDY :    
        
            begin
            fsm   <= rdy_reg2 ? FSM_WRITE : FSM_RRDY;
            index <= index;
            mode  <= mode;
            done  <= 1'd0;
            end
  
            
        //---------- Write DRP -----------------------------
        FSM_WRITE :    
        
            begin
            fsm   <= FSM_WRDY;
            index <= index;
            mode  <= mode;
            done  <= 1'd0;
            end       
            
        //---------- Write DRP Ready -----------------------
        FSM_WRDY :    
        
            begin
            fsm   <= rdy_reg2 ? FSM_DONE : FSM_WRDY;
            index <= index;
            mode  <= mode;
            done  <= 1'd0;
            end        
             
        //---------- DRP Done ------------------------------
        FSM_DONE :
        
            begin
            if ((index == INDEX_MAX) || (mode && (index == 5'd1)) || (x16x20_mode_reg2 && (index == 5'd0)))
                begin
                fsm   <= FSM_IDLE;
                index <= 5'd0;
                mode  <= 1'd0;
                done  <= 1'd0;
                end
            else       
                begin
                fsm   <= FSM_LOAD;
                index <= index + 5'd1;
                mode  <= mode;
                done  <= 1'd0;
                end
            end     
              
        //---------- Default State -------------------------
        default :
        
            begin      
            fsm   <= FSM_IDLE;
            index <= 5'd0;
            mode  <= 1'd0;
            done  <= 1'd0;
            end
            
        endcase
        
        end
        
end 



//---------- PIPE DRP Output ---------------------------------------------------
assign DRP_ADDR = addr_reg;
assign DRP_EN   = (fsm == FSM_READ) || (fsm == FSM_WRITE);
assign DRP_DI   = di_reg;
assign DRP_WE   = (fsm == FSM_WRITE);
assign DRP_DONE = done;
assign DRP_FSM  = fsm;



endmodule